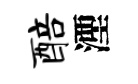
醅湮